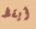
أيقظ